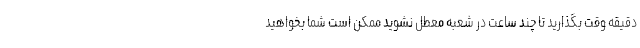
دقیقه وقت بگذارید تا چند ساعت در شعبه معطل نشوید ممکن است شما بخواهید